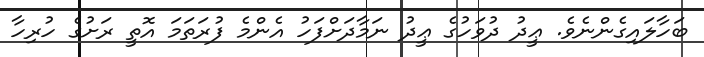
ބަހާލައިގެންނެވެ. ޢީދު ދުވަހުގެ ޢީދު ނަމާދަށްފަހު އެންމެ ފުރަތަމަ އޮތީ ރަށުގެ ހުރިހާ